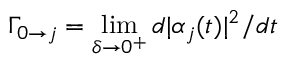
\Gamma _ { 0 \to j } = \operatorname* { l i m } _ { \delta \to 0 ^ { + } } d | \alpha _ { j } ( t ) | ^ { 2 } / d t